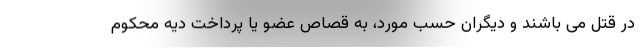
در قتل می باشند و دیگران حسب مورد، به قصاص عضو یا پرداخت دیه محکوم